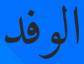
الوفد